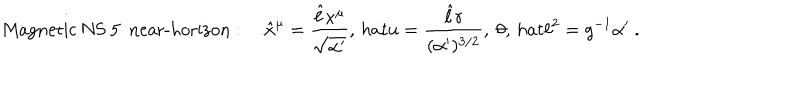
\mathrm { M a g n e t i c ~ N S ~ 5 ~ n e a r - h o r i z o n } : \quad \hat { x } ^ { \mu } = \frac { \hat { \ell } x ^ { \mu } } { \sqrt { \alpha ^ { \prime } } } , \, h a t { u } = \frac { \hat { \ell } r } { ( \alpha ^ { \prime } ) ^ { 3 / 2 } } , \ \theta , \, h a t { \ell } ^ { 2 } = g ^ { - 1 } \alpha ^ { \prime } \ .